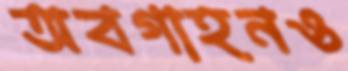
অবগাহনও